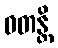
ဝတန္တိ